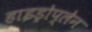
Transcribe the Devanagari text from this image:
हाइड्रोप्लेन